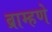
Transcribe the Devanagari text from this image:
ब्राम्हणे